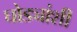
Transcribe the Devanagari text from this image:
घोड्यांशी